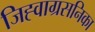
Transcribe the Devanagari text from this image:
जिह्वाग्रसनिका